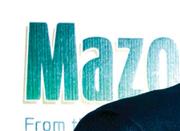
mazo